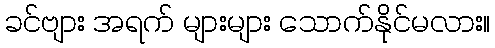
ခင်ဗျား အရက် များများ သောက်နိုင်မလား။